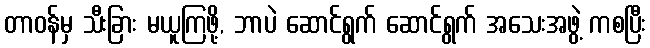
တာဝန်မှ သီးခြား မယူကြဖို့, ဘာပဲ ဆောင်ရွက် ဆောင်ရွက် အသေးအဖွဲ့ ကစပြီး